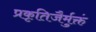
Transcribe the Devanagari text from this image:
प्रकृतिजैर्मुक्तं